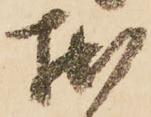
拙